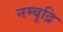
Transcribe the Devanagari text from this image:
नम्बूद्रि